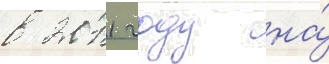
в 2011 году на́